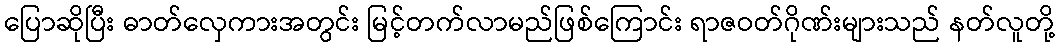
ပြောဆိုပြီး ဓာတ်လှေကားအတွင်း မြင့်တက်လာမည်ဖြစ်ကြောင်း ရာဇဝတ်ဂိုဏ်းများသည် နတ်လူတို့